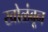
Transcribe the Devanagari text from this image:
खोळंबून